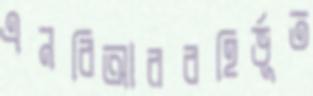
এনবিআরবহির্ভূত